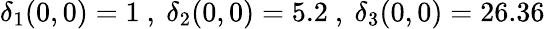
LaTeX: \delta_{1}(0,0)=1~,~\delta_{2}(0,0)=5.2~,~\delta_{3}(0,0)=26.36